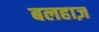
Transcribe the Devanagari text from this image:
बलहाज़